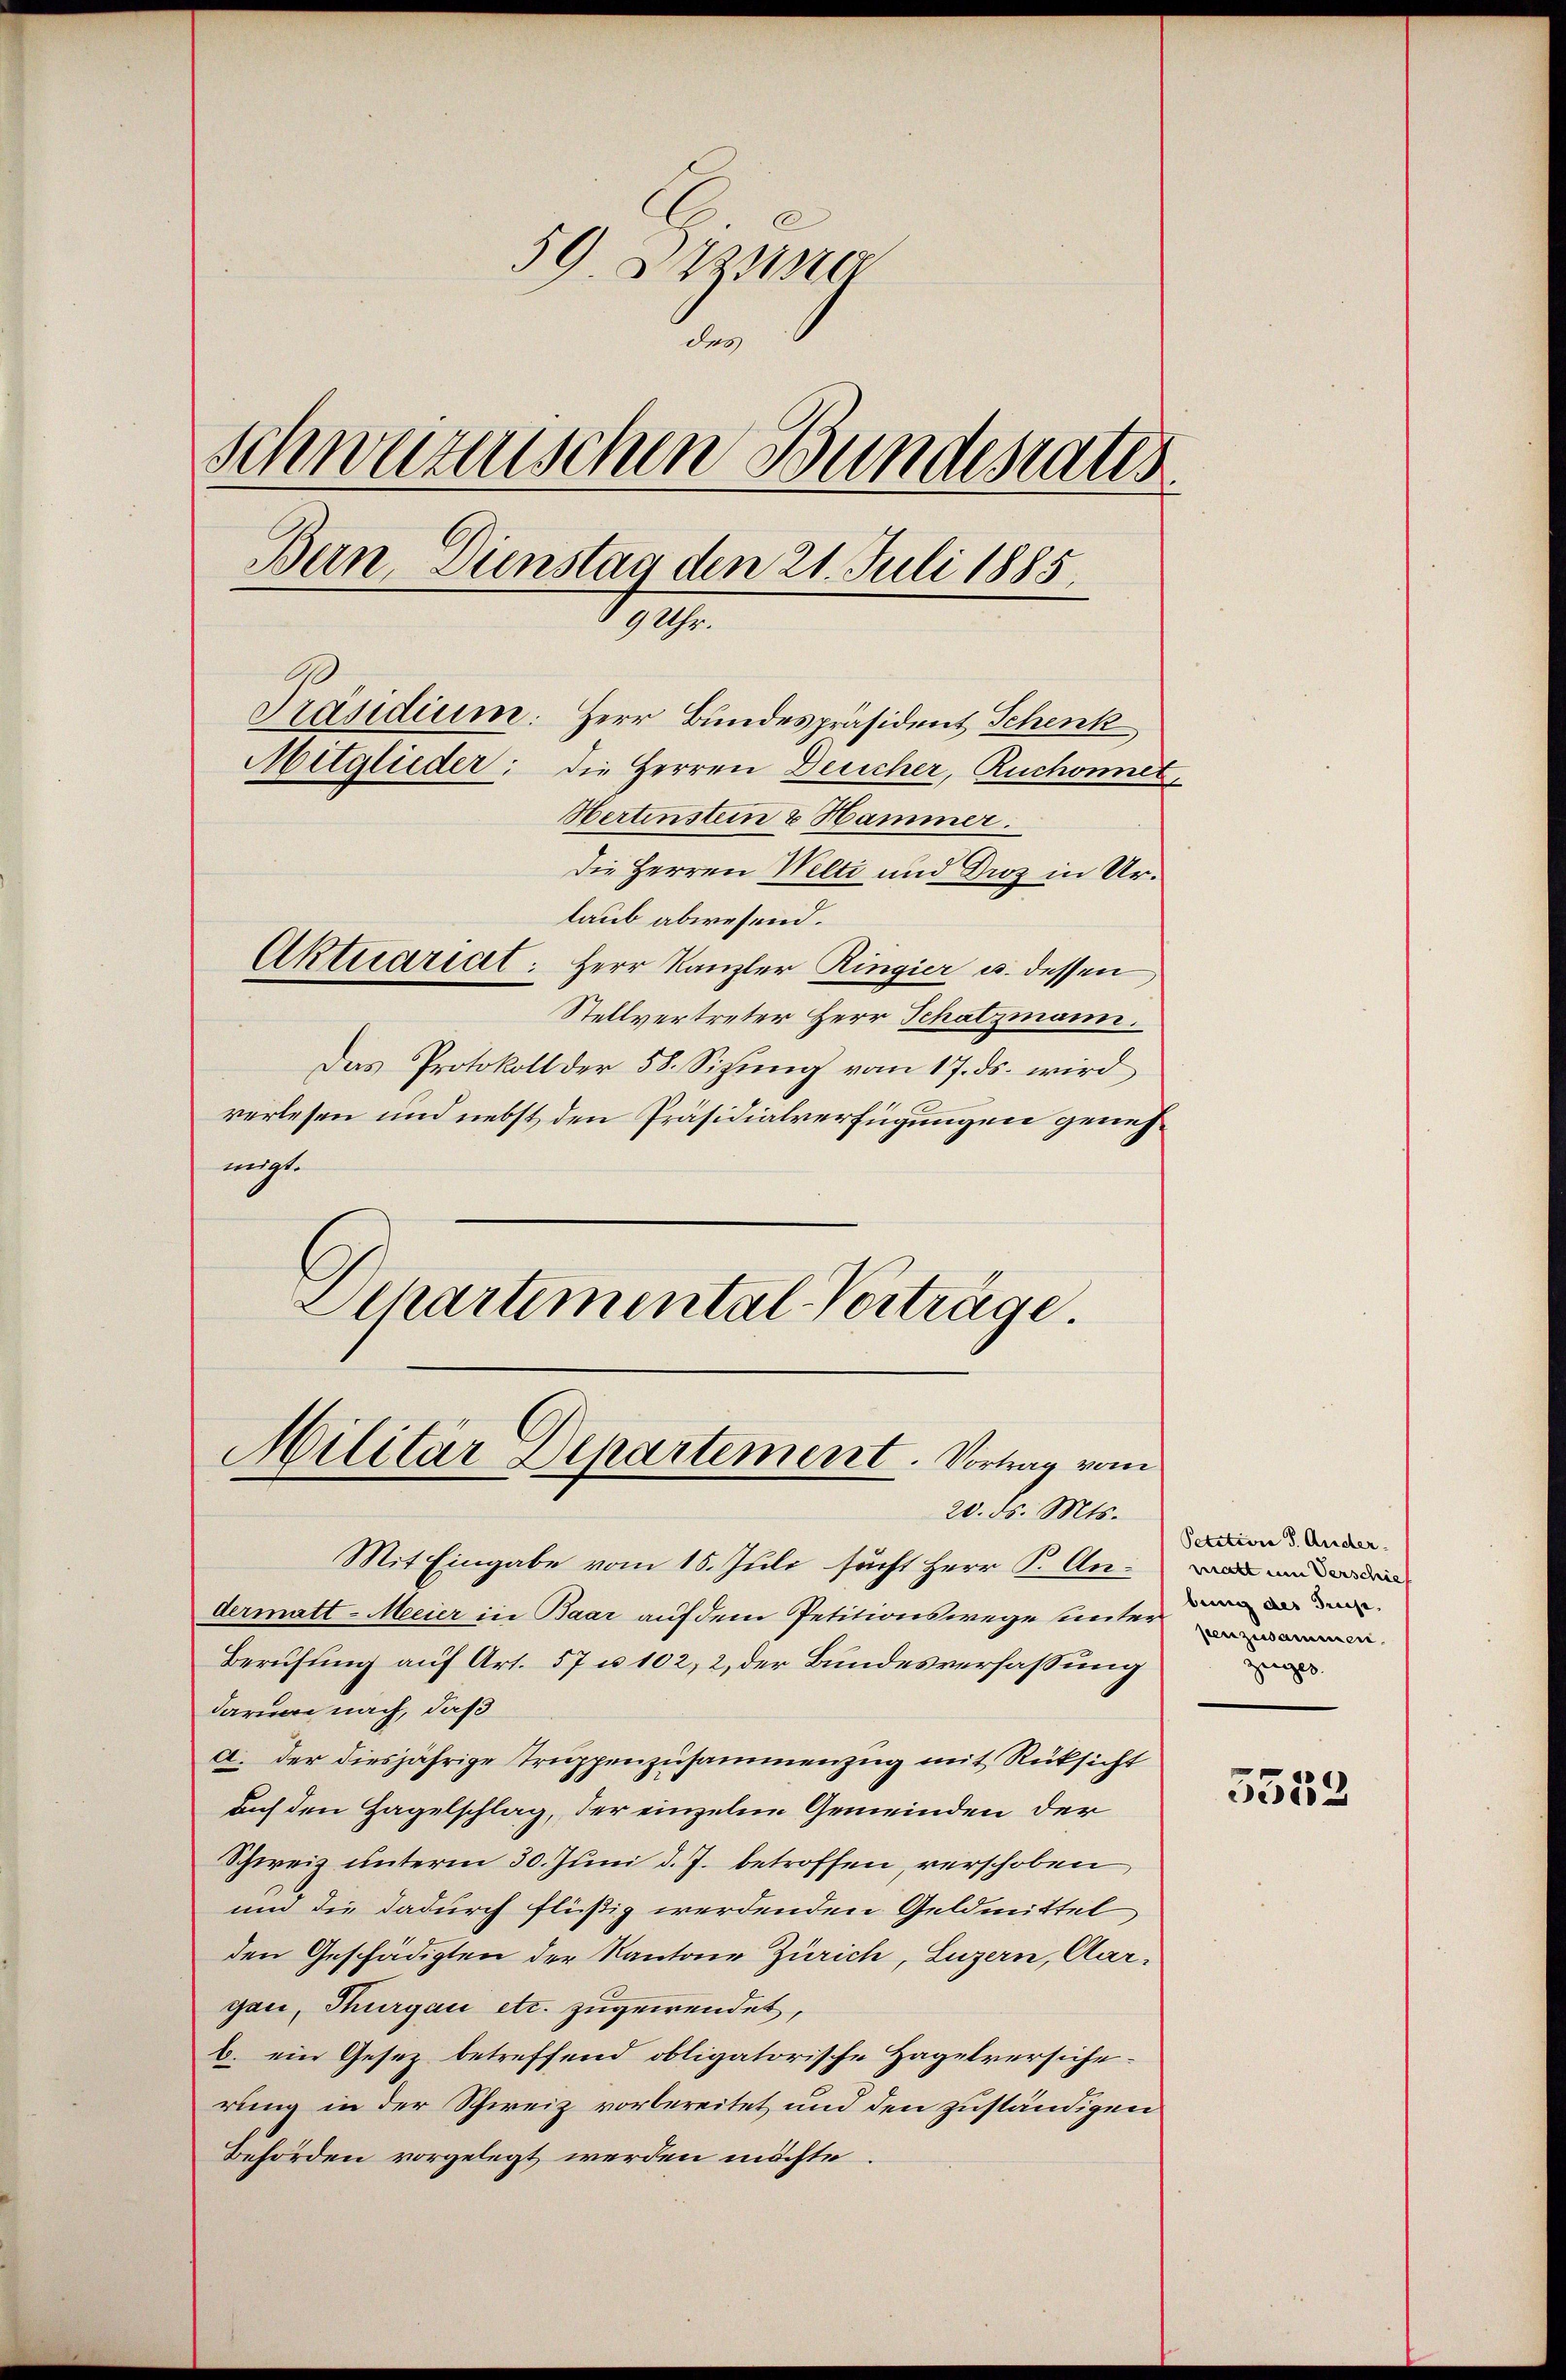
59. 11880
des
Schweizerischen Bundesrates.
Bern Dienstag den 21. Juli 1885,
1919.
Präsidium. Herr Bundespräsident Schenk
Mitglieder: die Herren Delicher, Ruchonnet¬
Hertenstein & Hammer.
Die Herren Welti und Droz in Ur¬

laub abwesend.
Aktuariat: Herr Kanzler Ringier u. dessen
Stellvertreter Herr Schatzmann.
Das Protokoll der 58. Sizung vom 17. ds. wird
verlesen und nebst den Präsidialverfügungen genehnigt.
Dchartemental Verträge.

Militar Departement. Vortrag vom
20. ds. Mts.

Mit Eingabe vom 15. Juli sucht Herr P. Andermatt-Meier in Baar auf dem Petitionswege unter
Berufung auf Art. 57 u. 102, 2, der Bundesverfassung
darum nach, daß
a. der diesjährige Truppenzusammenzug mit Rücksicht
aach den Hagelschlag, der einzelne Gemeinden der
Schweiz unterm 30. Juni d. J. betroffen, verschoben
und die dadurch flüßig werdenden Geldmittel
den Geschädigten der Kantone Zürich, Luzern, Aargau, Thurgau etc. zugewendet,
b. ein Gesez betreffend obligatorische Hagelversicherung in der Schweiz vorbereitet und den zuständigen
Behörden vorgelegt werden möchte.

Petition d. Ander.
matt um Verschief
beine des Triest.
n

5553